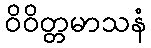
ဝိဝိတ္တမာသနံ